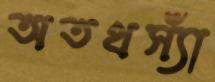
অতথস্যাঁ